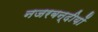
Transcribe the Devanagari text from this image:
नजरबन्दीयों